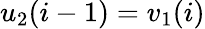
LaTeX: u_{2}(i-1)=v_{1}(i)